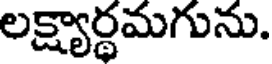
లక్ష్యార్థమగును.